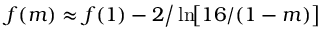
f ( m ) \approx f ( 1 ) - 2 \big / \ln \! \! \big [ 1 6 / ( 1 - m ) \big ]